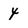
Character: 4